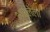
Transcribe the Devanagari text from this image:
भारलेला